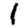
Digit: 1